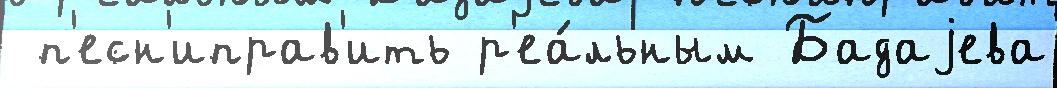
 п'есн'иправ'ить р'еа́льным Бадаjева